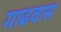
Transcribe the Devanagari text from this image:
गाढवास